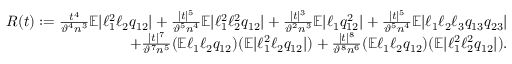
\begin{array} { r } { R ( t ) : = \frac { t ^ { 4 } } { \vartheta ^ { 4 } n ^ { 3 } } \mathbb { E } | \ell _ { 1 } ^ { 2 } \ell _ { 2 } q _ { 1 2 } | + \frac { | t | ^ { 5 } } { \vartheta ^ { 5 } n ^ { 4 } } \mathbb { E } | \ell _ { 1 } ^ { 2 } \ell _ { 2 } ^ { 2 } q _ { 1 2 } | + \frac { | t | ^ { 3 } } { \vartheta ^ { 2 } n ^ { 3 } } \mathbb { E } | \ell _ { 1 } q _ { 1 2 } ^ { 2 } | + \frac { | t | ^ { 5 } } { \vartheta ^ { 5 } n ^ { 4 } } \mathbb { E } | \ell _ { 1 } \ell _ { 2 } \ell _ { 3 } q _ { 1 3 } q _ { 2 3 } | } \\ { + \frac { | t | ^ { 7 } } { \vartheta ^ { 7 } n ^ { 5 } } ( \mathbb { E } \ell _ { 1 } \ell _ { 2 } q _ { 1 2 } ) ( \mathbb { E } | \ell _ { 1 } ^ { 2 } \ell _ { 2 } q _ { 1 2 } | ) + \frac { | t | ^ { 8 } } { \vartheta ^ { 8 } n ^ { 6 } } ( \mathbb { E } \ell _ { 1 } \ell _ { 2 } q _ { 1 2 } ) ( \mathbb { E } | \ell _ { 1 } ^ { 2 } \ell _ { 2 } ^ { 2 } q _ { 1 2 } | ) . } \end{array}